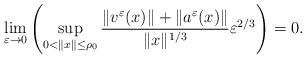
LaTeX: \begin{align*}\lim_{\varepsilon\to 0}\left(\sup_{0<\|x\|\le \rho_0}\frac{\|v^{\varepsilon}(x)\|+\|a^{\varepsilon}(x)\|}{\|x\|^{1/3}}\varepsilon^{2/3}\right)=0.\end{align*}